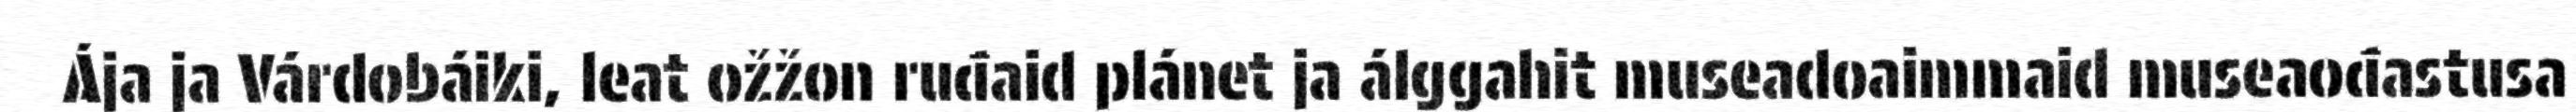
Ája ja Várdobáiki, leat ožžon ruđaid plánet ja álggahit museadoaimmaid museaođastusa